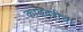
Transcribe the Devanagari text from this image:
कांदबरीचा